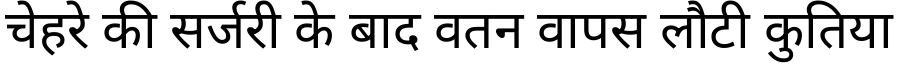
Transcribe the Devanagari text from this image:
चेहरे की सर्जरी के बाद वतन वापस लौटी कुतिया